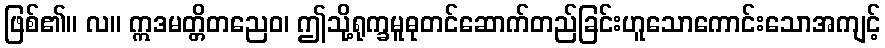
ဖြစ်၏။ လ။ ဣဒမတ္တိတညေဝ၊ ဤသို့ရုက္ခမူဓုတင်ဆောက်တည်ခြင်းဟူသောကောင်းသောအကျင့်